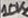
Text: 10K